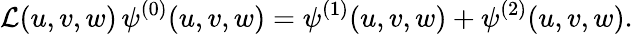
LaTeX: {\cal L}(u,v,w)\, \psi^{(0)}(u,v,w)=\psi^{(1)}(u,v,w)+\psi^{(2)}(u,v,w).